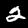
Digit: 2